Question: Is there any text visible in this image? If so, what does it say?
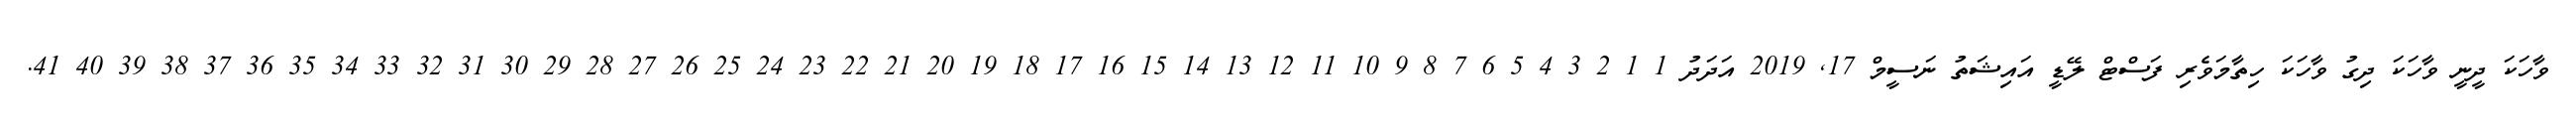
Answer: ވާހަކަ ދީނީ ވާހަކަ ދިގު ވާހަކަ ހިތާމަވެރި ފަސްޓް ލޭޑީ އައިޝަތު ނަސީމް 17, 2019 އަދަދު 1 1 2 3 4 5 6 7 8 9 10 11 12 13 14 15 16 17 18 19 20 21 22 23 24 25 26 27 28 29 30 31 32 33 34 35 36 37 38 39 40 41.